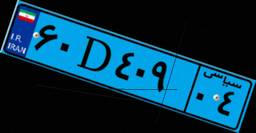
۶۰D۴۰۹۰۴